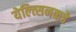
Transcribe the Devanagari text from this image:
येल्त्सिनकडे